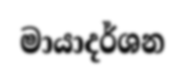
මායාදර්ශන